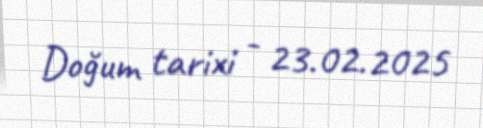
Doğum tarixi - 23.02.2025